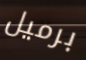
برميل